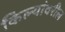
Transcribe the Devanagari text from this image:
किल्यांवरील